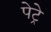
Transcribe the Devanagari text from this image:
पेट्रे